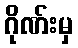
ဂိုဏ်းမှ